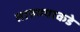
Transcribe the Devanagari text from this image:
तारुण्याकडे